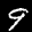
Label: 9